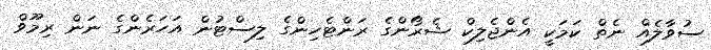
ސުވާލެއް ނެތް ކަމަކީ އެންޖެލިކް ޝެރޯންގެ ރަންޓެހިންގެ ލިސްޓުން އަހަރެންގެ ނަން ރިމޫވް